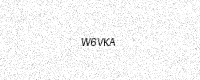
Text: W6VKA